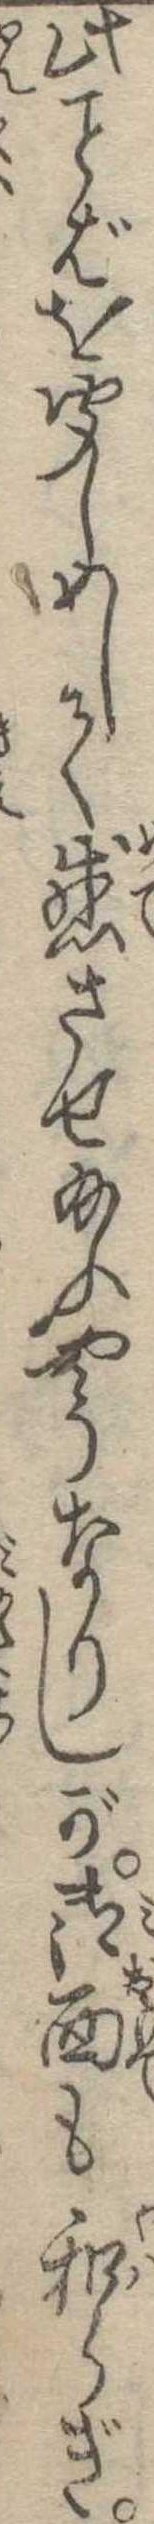
此ばを聞しめして感させ給ふやうなりしが御面も和らぎ